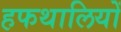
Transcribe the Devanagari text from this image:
हफथालियों